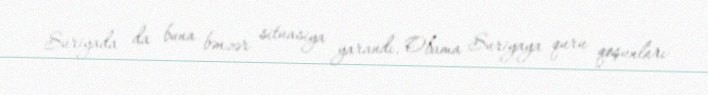
Suriyada da buna bənzər situasiya yarandı, Obama Suriyaya quru qoşunları